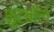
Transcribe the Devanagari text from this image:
फुटबाँल